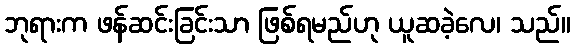
ဘုရားက ဖန်ဆင်းခြင်းသာ ဖြစ်ရမည်ဟု ယူဆခဲ့လေ၊ သည်။